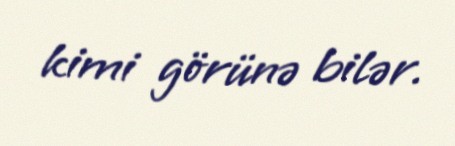
kimi görünə bilər.